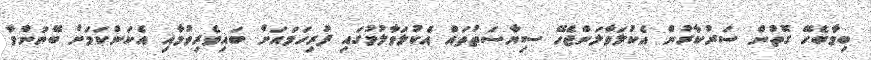
ބިމާބެހޭ ގޮތުން ސަރުކާރުން އެކުލަވާލަންޖެހޭ ސިޔާސަތުތައް އެކުލަވާލުމުގައި ފުރިހަމައަށް ބައިވެރިވުމާއި އެކަންކަމަށް ބޭނުންވާ